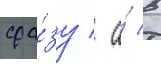
сра́зу / а́ в